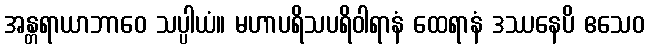
အန္တရာယာဘာဝေ သပ္ပါယံ။ မဟာပရိသပရိဝါရာနံ ထေရာနံ ဒဿနေပိ ဧသေဝ